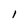
Character: I